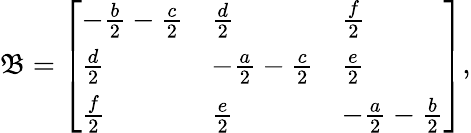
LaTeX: \mathfrak{B}=\left[\begin{array}{lll}{-\frac{b}{2}-\frac{c}{2}}&{\frac{d}{2}}&{\frac{f}{2}}\\ {\frac{d}{2}}&{-\frac{a}{2}-\frac{c}{2}}&{\frac{e}{2}}\\ {\frac{f}{2}}&{\frac{e}{2}}&{-\frac{a}{2}-\frac{b}{2}}\end{array}\right],